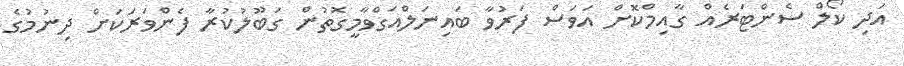
އަދި ކޯލް ސެންޓަރެއް ގާއިމްކޮށް އަވަސް ފަރުވާ ބައިނަލްއަގްވާމީގޮތުން ގަބޫލުކުރާ ފެންވަރަކަށް ދިނުމުގެ